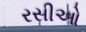
રસીઓ